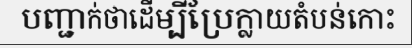
បញ្ជាក់ថាដើម្បីប្រែក្លាយតំបន់កោះ